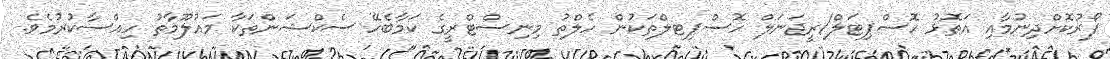
ފޯރުކޮށްދިނުމާއި އަތޮޅު ހޮސްޕިޓަލް/ރީޖަނަލް ހޮސްޕިޓލްތަކުން ހެލްތު މިނިސްޓްރީގެ ކަމާބެހޭ ސެކްޝަންތަކާ މައުލޫމާތު ހިއްސާކުރުމެވެ.